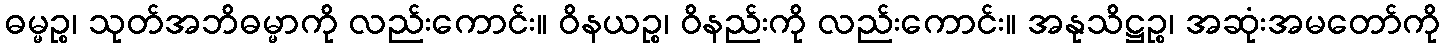
ဓမ္မဉ္စ၊ သုတ်အဘိဓမ္မာကို လည်းကောင်း။ ဝိနယဉ္စ၊ ဝိနည်းကို လည်းကောင်း။ အနုသိဋ္ဌဉ္စ၊ အဆုံးအမတော်ကို